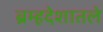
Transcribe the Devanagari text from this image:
ब्रम्हदेशातले